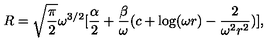
R = \sqrt { \frac { \pi } { 2 } } \omega ^ { 3 / 2 } [ \frac { \alpha } { 2 } + \frac { \beta } { \omega } ( c + \log ( \omega r ) - \frac { 2 } { \omega ^ { 2 } r ^ { 2 } } ) ] ,